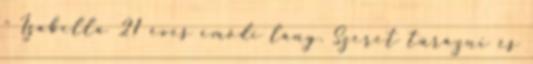
- Izabella 21 éves emődi lány. Szeret túrázni és